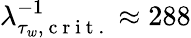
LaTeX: \lambda_{\tau_{w},\mathrm{~c~r~i~t~.~}}^{-1}\approx 288